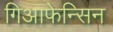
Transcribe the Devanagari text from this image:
गिआफेन्सिन